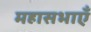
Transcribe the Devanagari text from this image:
महासभाएँ